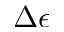
\Delta \epsilon